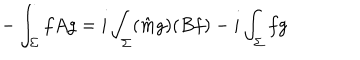
- \int _ { \Sigma } f A g = i \int _ { \Sigma } ( \hat { m } g ) ( B f ) - i \int _ { \Sigma } f g